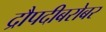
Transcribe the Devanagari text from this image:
द्रौपदीबरोबर